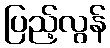
ပြည့်လွန်